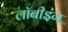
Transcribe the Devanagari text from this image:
लॉबीइंग